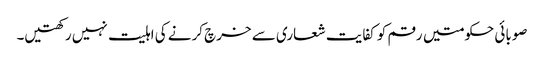
صوبائی حکومتیں رقم کو کفایت شعاری سے خرچ کرنے کی اہلیت نہیں رکھتیں۔